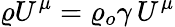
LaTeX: \varrho U^{\mu}=\varrho_{o}\gamma\, U^{\mu}